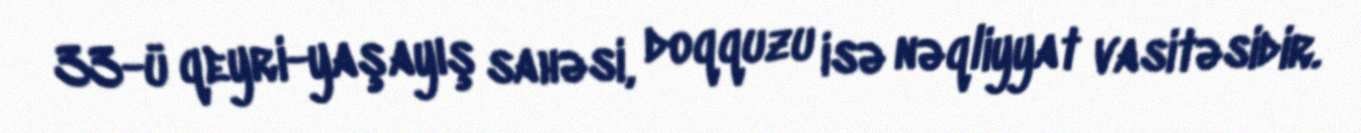
33-ü qeyri-yaşayış sahəsi, doqquzu isə nəqliyyat vasitəsidir.